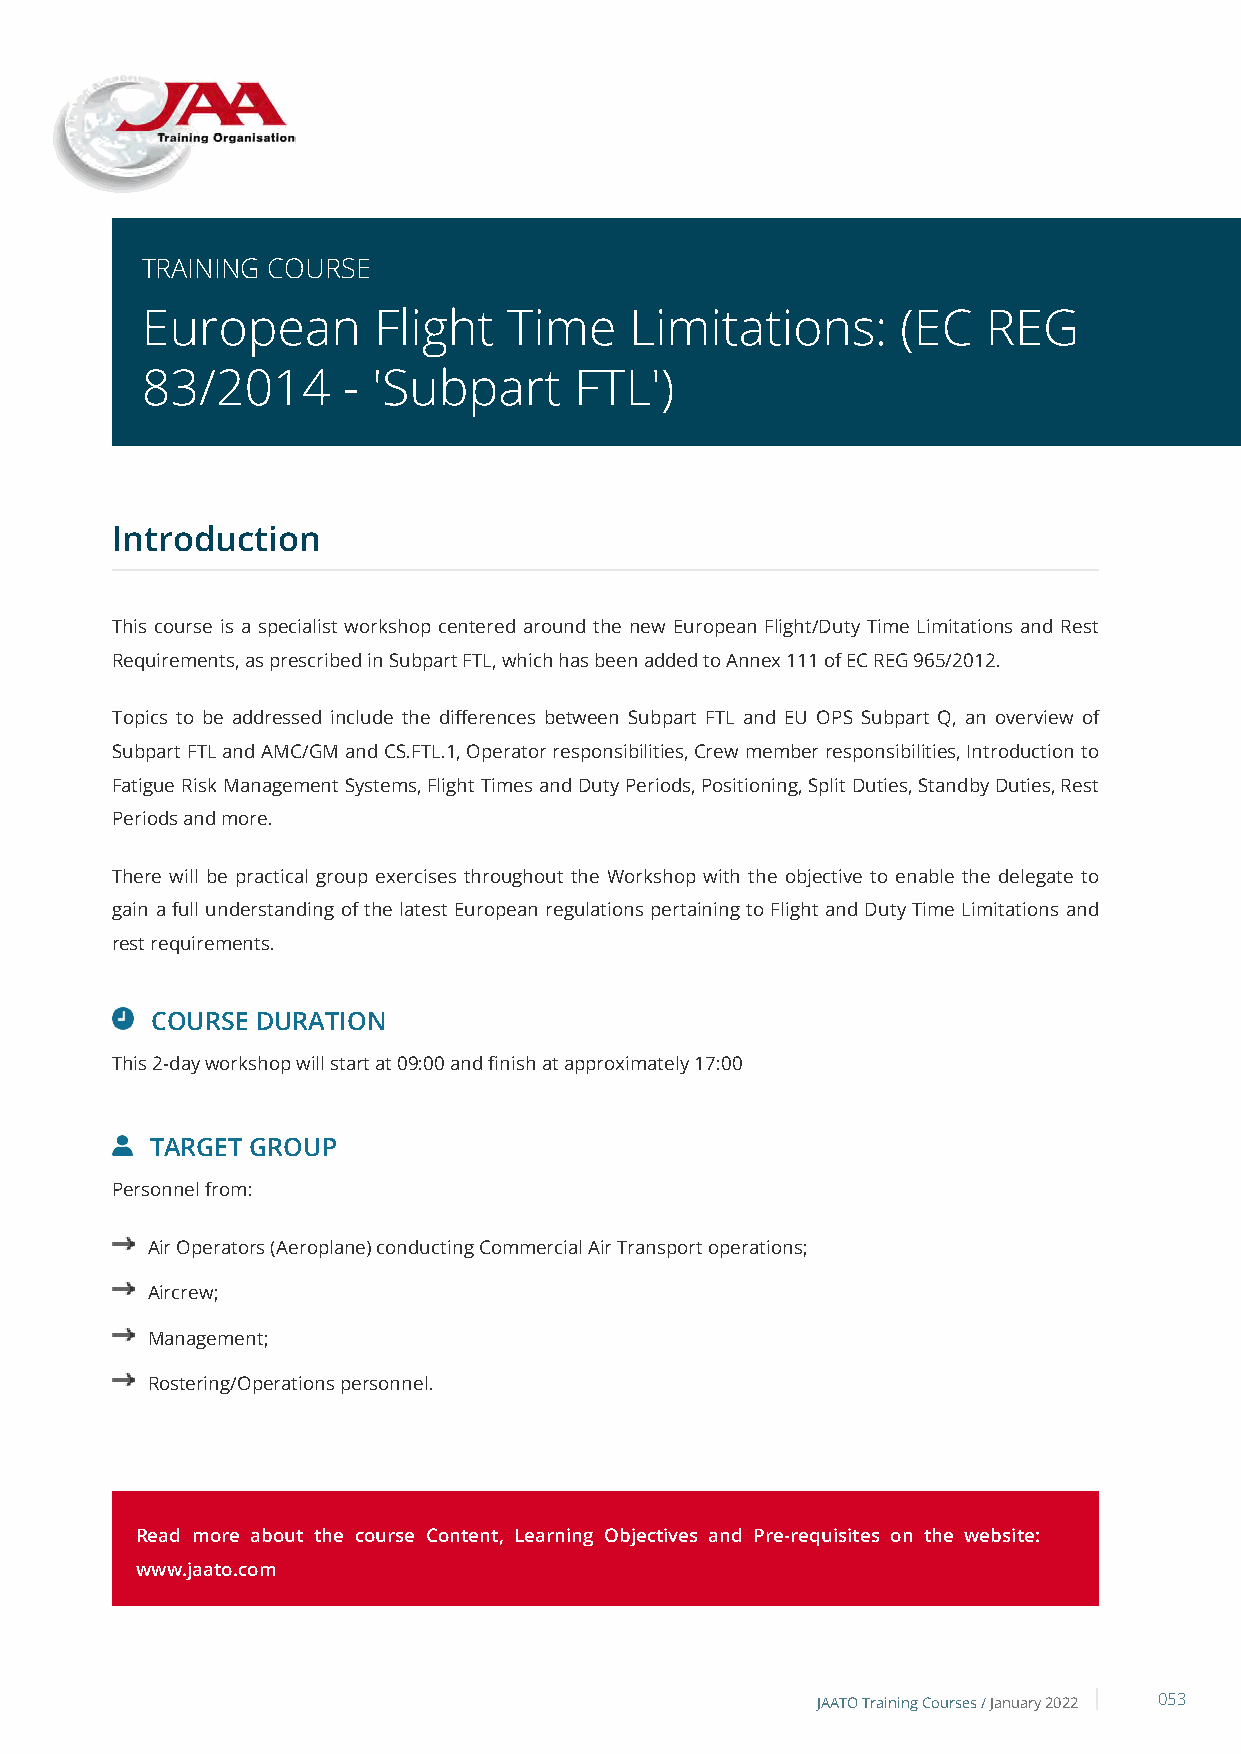
TRAINING COURSE
 European        Flight   Time    Limitations:      (EC  REG
 83/2014       - 'Subpart     FTL')
 Introduction
 This course is a specialist workshop centered around the new European Flight/Duty Time Limitations and Rest
 Requirements, as prescribed in Subpart FTL, which has been added to Annex 111 of EC REG 965/2012.
 Topics to be addressed include the differences between Subpart FTL and EU OPS Subpart Q, an overview of
 Subpart FTL and AMC/GM and CS.FTL.1, Operator responsibilities, Crew member responsibilities, Introduction to
 Fatigue Risk Management Systems, Flight Times and Duty Periods, Positioning, Split Duties, Standby Duties, Rest
 Periods and more.
 There will be practical group exercises throughout the Workshop with the objective to enable the delegate to
 gain a full understanding of the latest European regulations pertaining to Flight and Duty Time Limitations and
 rest requirements.
 COURSE DURATION
 This 2-day workshop will start at 09:00 and finish at approximately 17:00
 TARGET GROUP
 Personnel from:
 Air Operators (Aeroplane) conducting Commercial Air Transport operations;
 Aircrew;
 Management;
 Rostering/Operations personnel.
 Read more about the course Content, Learning Objectives and Pre-requisites on the website:
 www.jaato.com
 JAATO Training Courses /January 2022 053